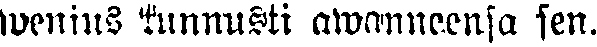
wenius tunnusti awanneensa sen.